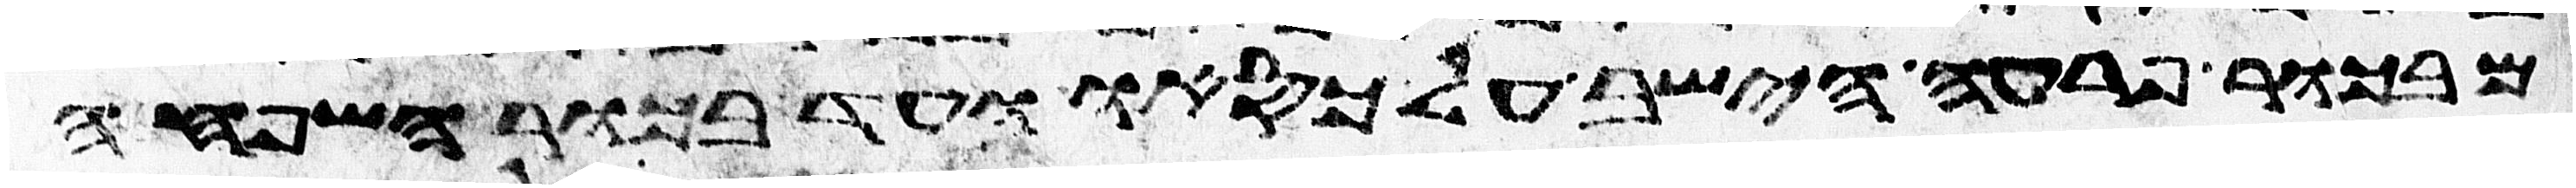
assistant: מבכור פרעה הישב על כסאו ועד בכור השפחה